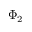
\Phi _ { 2 }